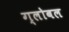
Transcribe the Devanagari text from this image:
ग्लोबल